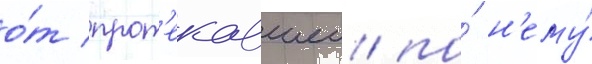
о́т прот'екавшеи по́ н'ему́